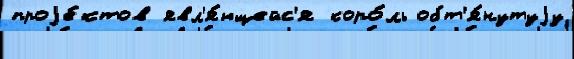
проjе́ктов явл'я́ющейс'я коро́ль обт'я́нутуjу